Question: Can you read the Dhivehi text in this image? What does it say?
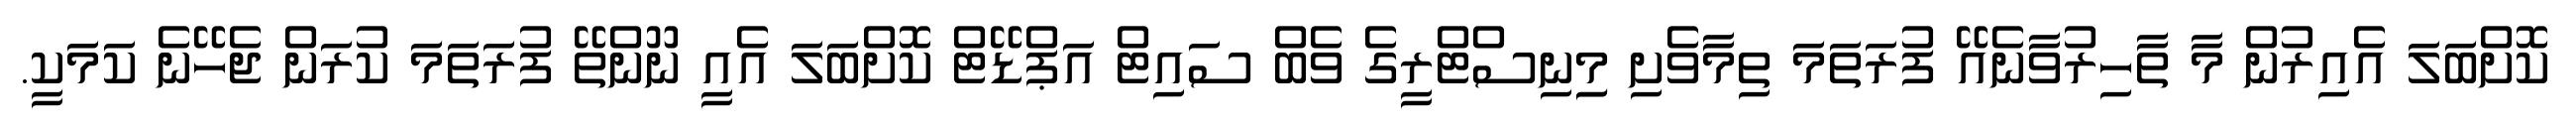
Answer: ކޮށްބަލަ އެއިރުން މާ ތާހިރުވާނެއޭ ފުރަތަމަ ތިމާވެށި މިިނިސްޓްރީގެ ވެބް ސައިޓް އަޕްޑޭޓް ކޮށްބަލަ އެއީ ނޫންތޭ ފުރަތަމަ ކުރަން ޖެހޭނެ ކަމަކީ.